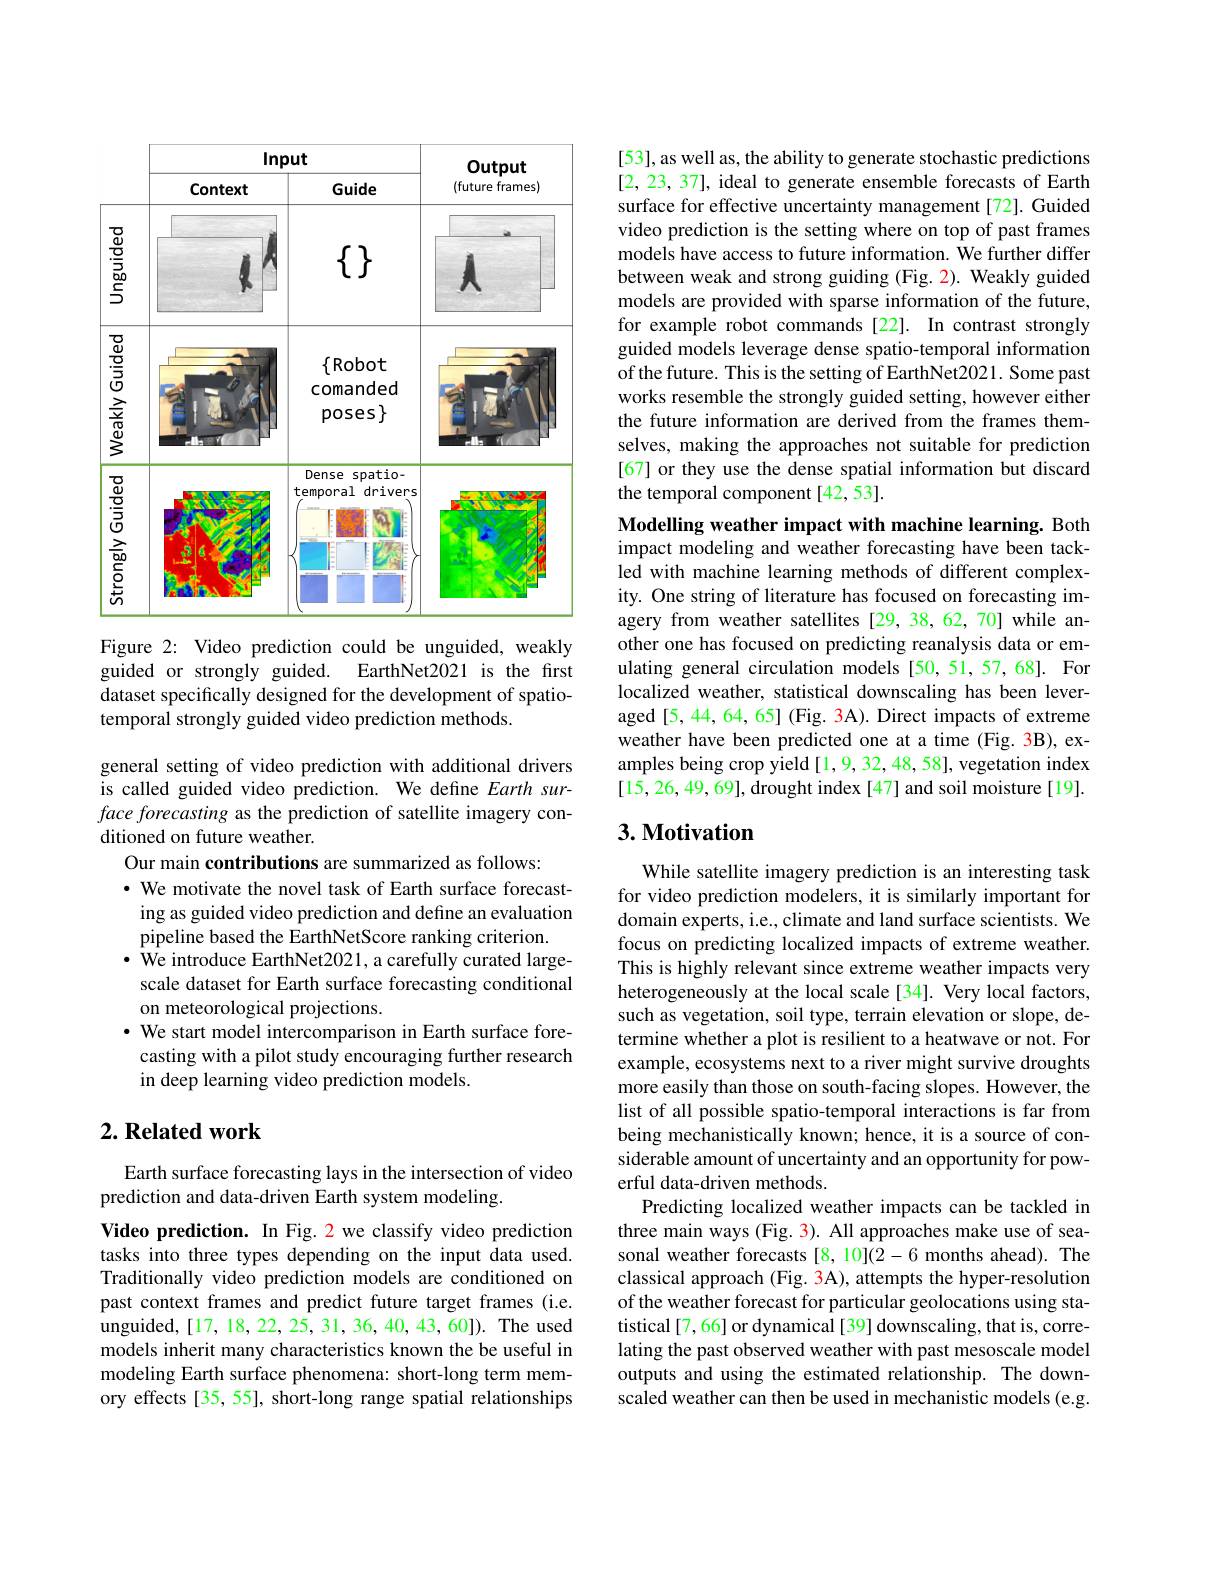
<FigureHere>

Figure 2: Video prediction could be unguided, weakly guided or strongly guided. EarthNet2021 is the first dataset specifically designed for the development of spatiotemporal strongly guided video prediction methods.

general setting of video prediction with additional drivers is called guided video prediction. We define Earth surface forecasting as the prediction of satellite imagery conditioned on future weather.
Our main contributions are summarized as follows:
$\cdot$ We motivate the novel task of Earth surface forecasting as guided video prediction and define an evaluation pipeline based the EarthNetScore ranking criterion.
$\cdot$ We introduce EarthNet2021, a carefully curated largescale dataset for Earth surface forecasting conditional on meteorological projections.
$\cdot$ We start model intercomparison in Earth surface forecasting with a pilot study encouraging further research in deep learning video prediction models.

## $2. \textbf{Related work}$

Earth surface forecasting lays in the intersection of video
prediction and data-driven Earth system modeling.
Video prediction. In Fig. 2 we classify video prediction tasks into three types depending on the input data used. Traditionally video prediction models are conditioned on past context frames and predict future target frames (i.e. unguided, [ 17, 18, 22, 25, 31, 36, 40, 43, 60] ) . The used models inherit many characteristics known the be useful in modeling Earth surface phenomena: short-long term memory effects[35, 55], short-long range spatial relationships

[53], as well as, the ability to generate stochastic predictions [2,23,37], ideal to generate ensemble forecasts of Earth surface for effective uncertainty management[72]. Guided video prediction is the setting where on top of past frames models have access to future information. We further differ between weak and strong guiding (Fig. 2). Weakly guided models are provided with sparse information of the future, for example robot commands [22]. In contrast strongly guided models leverage dense spatio-temporal information of the future. This is the setting of EarthNet2021. Some past works resemble the strongly guided setting, however either the future information are derived from the frames themselves, making the approaches not suitable for prediction [67] or they use the dense spatial information but discard the temporal component [42,53].

Modelling weather impact with machine learning. Both impact modeling and weather forecasting have been tackled with machine learning methods of different complexity. One string of literature has focused on forecasting imagery from weather satellites [29,38,62,70] while another one has focused on predicting reanalysis data or emulating general circulation models[50,51,57,68]. For localized weather, statistical downscaling has been leveraged[5, 44, 64, 65] (Fig. 3A). Direct impacts of extreme weather have been predicted one at a time (Fig. 3B), examples being crop yield [1,9,32,48,58], vegetation index [15,26,49,69],drought index[47] and soil moisture[19].

## 3. Motivation

While satellite imagery prediction is an interesting task for video prediction modelers, it is similarly important for domain experts, i.e., climate and land surface scientists. We focus on predicting localized impacts of extreme weather. This is highly relevant since extreme weather impacts very heterogeneously at the local scale [34]. Very local factors, such as vegetation, soil type, terrain elevation or slope, determine whether a plot is resilient to a heatwave or not. For example, ecosystems next to a river might survive droughts more easily than those on south-facing slopes. However, the list of all possible spatio-temporal interactions is far from being mechanistically known; hence, it is a source of considerable amount of uncertainty and an opportunity for powerful data-driven methods
Predicting localized weather impacts can be tackled in three main ways (Fig. 3). All approaches make use of seasonal weather forecasts [8, 10](2-6 months ahead). The classical approach (Fig. 3A), attempts the hyper-resolution of the weather forecast for particular geolocations using statistical [7, 66] or dynamical [39] downscaling, that is, correlating the past observed weather with past mesoscale model outputs and using the estimated relationship. The downscaled weather can then be used in mechanistic models (e.g.